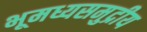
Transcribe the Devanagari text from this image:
भूमध्यसमुद्रीय